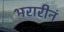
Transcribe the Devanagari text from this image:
भरारीनं